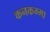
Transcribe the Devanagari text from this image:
कनकम्मा